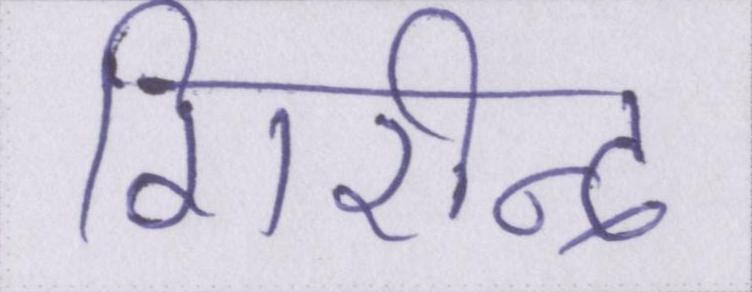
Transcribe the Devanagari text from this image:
गिरीन्द्र